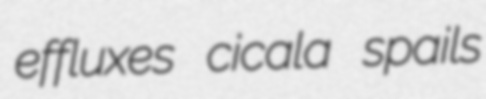
effluxes cicala spails